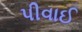
પીવાઈ